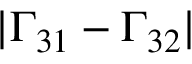
| \Gamma _ { 3 1 } - \Gamma _ { 3 2 } |